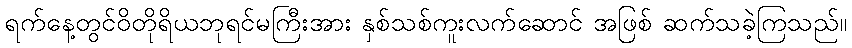
ရက်နေ့တွင်ဝိတိုရိယဘုရင်မကြီးအား နှစ်သစ်ကူးလက်ဆောင် အဖြစ် ဆက်သခဲ့ကြသည်။